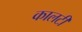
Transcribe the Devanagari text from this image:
कालटी